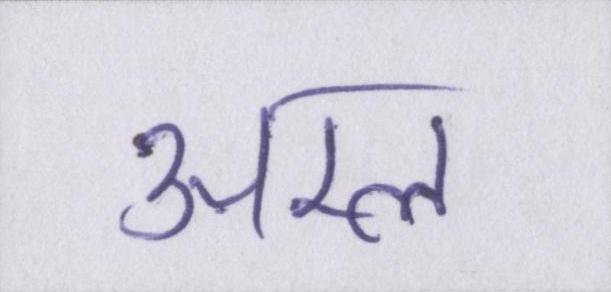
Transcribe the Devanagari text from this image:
अम्ल